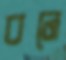
বনে